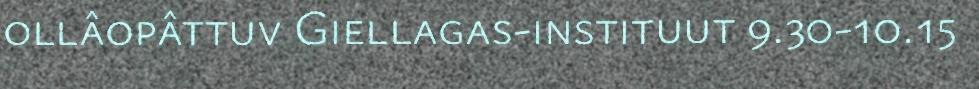
ollâopâttuv Giellagas-instituut 9.30-10.15